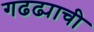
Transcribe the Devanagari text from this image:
गढढ्याची